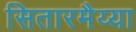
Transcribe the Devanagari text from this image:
सितारमैय्या